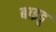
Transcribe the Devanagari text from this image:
बाइडू